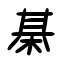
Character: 棊